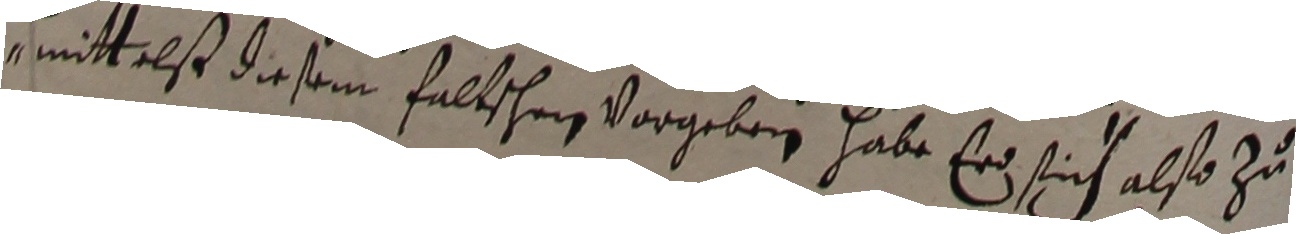
mittelst diesem faltschen vorgeben, habe er sich also zu